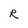
Character: R